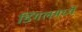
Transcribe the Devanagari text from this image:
डिंगलमध्ये